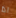
اذا